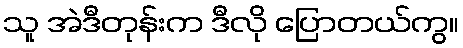
သူ အဲဒီတုန်းက ဒီလို ပြောတယ်ကွ။